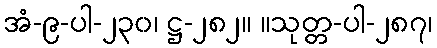
အံ-၉-ပါ-၂၃၀၊ ဋ္ဌ-၂၈၂။ ။သုတ္တ-ပါ-၂၈၇၊